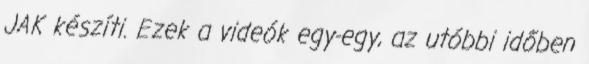
JAK készíti. Ezek a videók egy-egy, az utóbbi időben